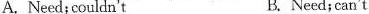
A. Need;couldn't B. Need; can't